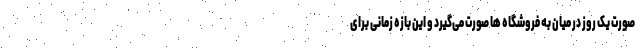
صورت یک روز در میان به فروشگاه ها صورت می‌گیرد و این بازه زمانی برای